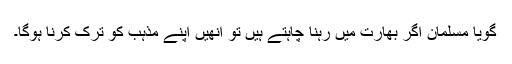
گویا مسلمان اگر بھارت میں رہنا چاہتے ہیں تو انھیں اپنے مذہب کو ترک کرنا ہوگا۔